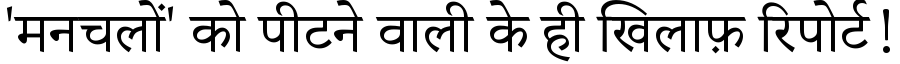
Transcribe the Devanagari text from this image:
'मनचलों' को पीटने वाली के ही खिलाफ़ रिपोर्ट!